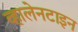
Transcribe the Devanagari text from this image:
व्हालेनटाइन